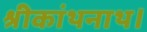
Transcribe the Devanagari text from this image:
श्रीकांथनाथ।